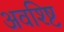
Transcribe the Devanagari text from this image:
अवश्ष्टि